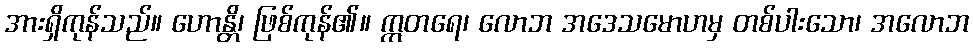
အားရှိကုန်သည်။ ဟောန္တိ၊ ဖြစ်ကုန်၏။ ဣတရေ၊ လောဘ အဒေသမောဟမှ တစ်ပါးသော၊ အလောဘ